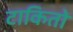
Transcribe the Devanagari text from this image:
टाकितो